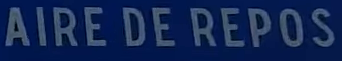
AIRE DE REPOS